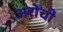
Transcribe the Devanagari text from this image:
अरोची